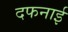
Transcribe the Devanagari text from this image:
दफनाई